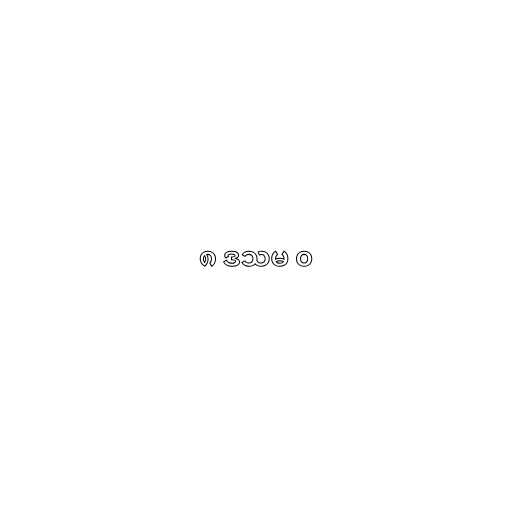
၈ ဒသမ ၀